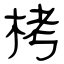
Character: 栲